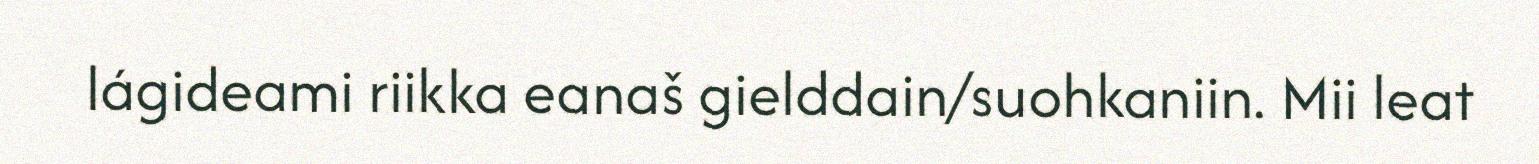
lágideami riikka eanaš gielddain/suohkaniin. Mii leat